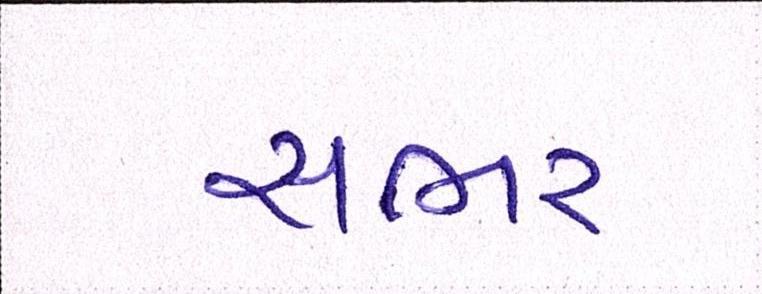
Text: સભર